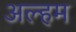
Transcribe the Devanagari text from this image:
अल्हम